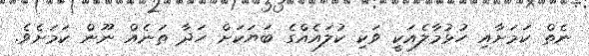
ނެތް ކަމަށާއި ހުޅުމާލެއަކީ ވަކި ކުލައެއްގެ ބަޔަކަށް ހަދާ ތަނެއް ނޫން ކަމަށެވެ.